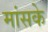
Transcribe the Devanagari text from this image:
मांसके